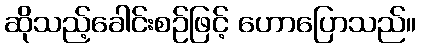
ဆိုသည့်ခေါင်းစဉ်ဖြင့် ဟောပြောသည်။